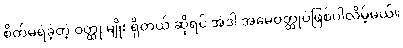
စိတ်မရဲခဲ့တဲ့ ဝတ္ထု မျိုး ရှိတယ် ဆိုရင် အဲဒါ အမေဝတ္ထုပဲဖြစ်ပါလိမ့်မယ်။